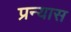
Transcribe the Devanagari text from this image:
प्रन्‍यास